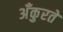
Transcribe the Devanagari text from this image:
अँकुरते